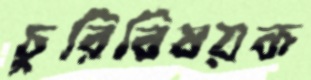
চুরিবিষয়ক